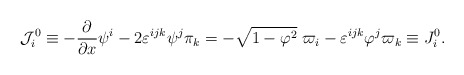
\begin{align*}{\cal J}_i^0\equiv -\frac \partial {\partial x}\psi^i-2\varepsilon ^{ijk}\psi ^j\pi _k=-\sqrt{1-{\bf \varphi }^2}\;\varpi_i-\varepsilon ^{ijk}\varphi ^j\varpi _k\equiv J_i^0.\end{align*}